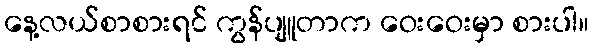
နေ့လယ်စာစားရင် ကွန်ပျူတာက ဝေးဝေးမှာ စားပါ။